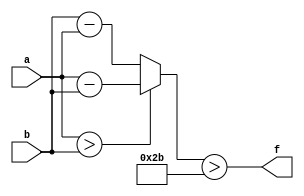
module wce_mit(a, b, f);
parameter _bit = 8;
parameter wce = 43;
input [_bit - 1: 0] a;
input [_bit - 1: 0] b;
output f;
wire [_bit - 1: 0] diff;
assign diff = (a > b)? (a - b): (b - a);
assign f = (diff > wce);
endmodule